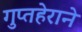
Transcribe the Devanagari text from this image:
गुप्तहेराने